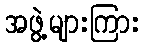
အဖွဲ့များကြား